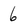
Character: 6